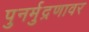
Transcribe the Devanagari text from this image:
पुनर्मुद्रणावर